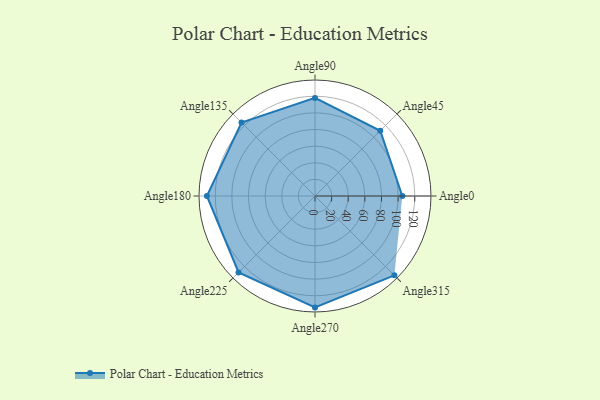
{"axis": {"x": "Angle", "y": "Radius"}, "legend": [""], "data": [{"x": "Angle0", "y": 105.0, "type": ""}, {"x": "Angle45", "y": 111.0, "type": ""}, {"x": "Angle90", "y": 118.0, "type": ""}, {"x": "Angle135", "y": 125.0, "type": ""}, {"x": "Angle180", "y": 130.0, "type": ""}, {"x": "Angle225", "y": 130.0, "type": ""}, {"x": "Angle270", "y": 134.0, "type": ""}, {"x": "Angle315", "y": 135.0, "type": ""}]}